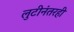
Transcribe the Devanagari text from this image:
लुटीनंतरही